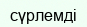
сүрлемді